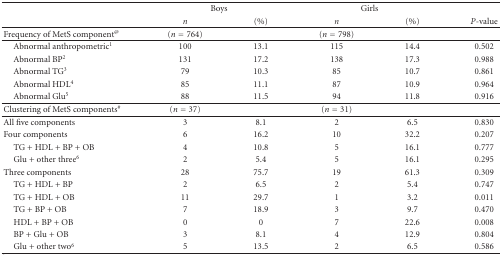
|  | <COLSPAN=2> Boys | <COLSPAN=2> Girls |  |
 |  | n | (%) | n | (%) | P-value |
 | --- | --- | --- | --- | --- | --- |
 | Frequency of MetS component@ | (n = 764) |  | (n = 798) |  |  |
 | Abnormal anthropometric1 | 100 | 13.1 | 115 | 14.4 | 0.502 |
 | Abnormal BP2 | 131 | 17.2 | 138 | 17.3 | 0.988 |
 | Abnormal TG3 | 79 | 10.3 | 85 | 10.7 | 0.861 |
 | Abnormal HDL4 | 85 | 11.1 | 87 | 10.9 | 0.964 |
 | Abnormal Glu5 | 88 | 11.5 | 94 | 11.8 | 0.916 |
 | Clustering of MetS components# | (n = 37) |  | (n = 31) |  |  |
 | All five components | 3 | 8.1 | 2 | 6.5 | 0.830 |
 | Four components | 6 | 16.2 | 10 | 32.2 | 0.207 |
 | TG + HDL + BP + OB | 4 | 10.8 | 5 | 16.1 | 0.777 |
 | Glu + other three6 | 2 | 5.4 | 5 | 16.1 | 0.295 |
 | Three components | 28 | 75.7 | 19 | 61.3 | 0.309 |
 | TG + HDL + BP | 2 | 6.5 | 2 | 5.4 | 0.747 |
 | TG + HDL + OB | 11 | 29.7 | 1 | 3.2 | 0.011 |
 | TG + BP + OB | 7 | 18.9 | 3 | 9.7 | 0.470 |
 | HDL + BP + OB | 0 | 0 | 7 | 22.6 | 0.008 |
 | BP + Glu + OB | 3 | 8.1 | 4 | 12.9 | 0.804 |
 | Glu + other two6 | 5 | 13.5 | 2 | 6.5 | 0.586 |